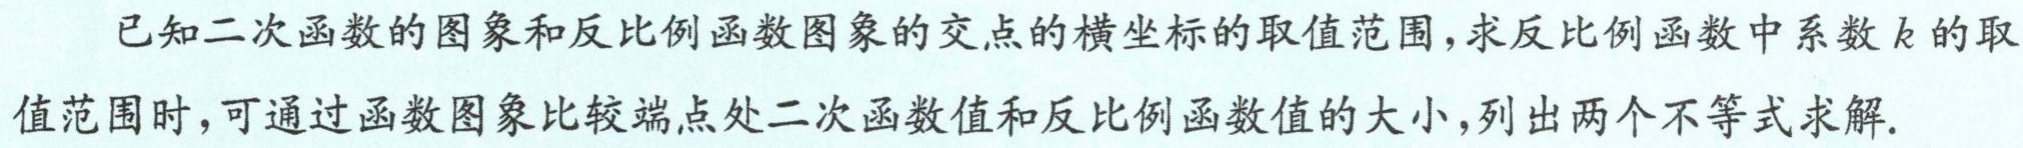
已知二次函数的图象和反比例函数图象的交点的横坐标的取值范围，求反比例函数中系数\(k\)的取值范围时，可通过函数图象比较端点处二次函数值和反比例函数值的大小，列出两个不等式求解.